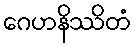
ဂေဟနိဿိတံ